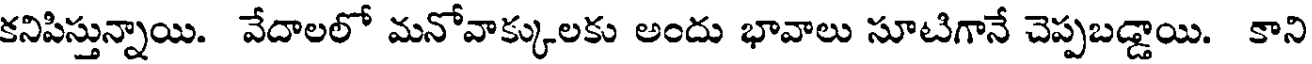
కనిపిస్తున్నాయి. వేదాలలో మనోవాక్కులకు అందు భావాలు సూటిగానే చెప్పబడ్డాయి. కాని